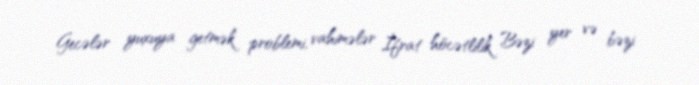
Gecələr yuxuya getmək problemi, vahimələr İfrat höcətlilik Bəzi yer və bəzi